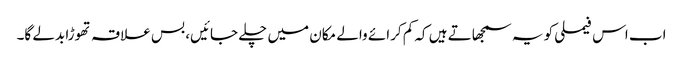
اب اس فیملی کو یہ سمجھاتے ہیں کہ کم کرائے والے مکان میں چلے جائیں، بس علاقہ تھوڑا بدلے گا۔